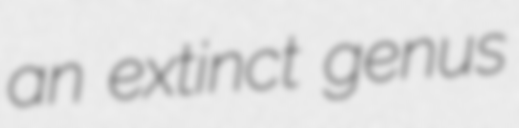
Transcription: an extinct genus